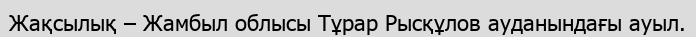
Жақсылық – Жамбыл облысы Тұрар Рысқұлов ауданындағы ауыл.